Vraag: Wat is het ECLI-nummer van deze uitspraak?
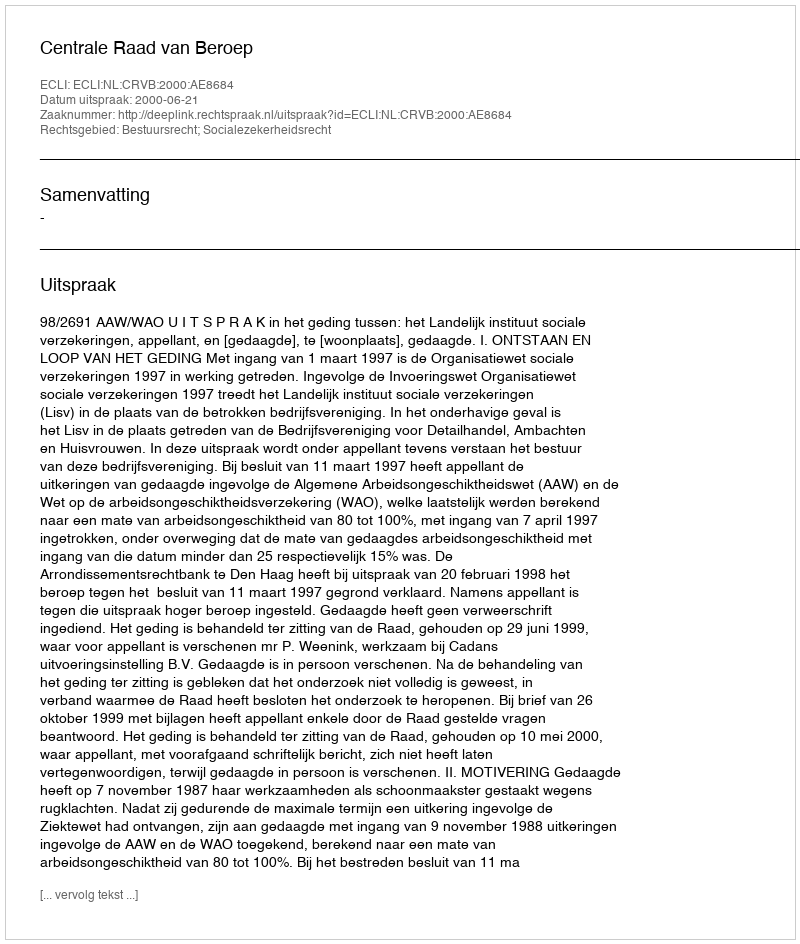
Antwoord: ECLI:NL:CRVB:2000:AE8684